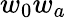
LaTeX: w_{0}w_{a}